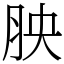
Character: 胦